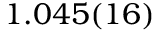
1 . 0 4 5 ( 1 6 )